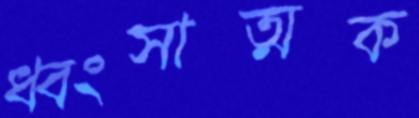
ধ্বংসাত্মক